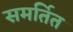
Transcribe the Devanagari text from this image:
समर्तित